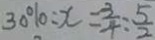
3 0 \% : x = \frac { 3 } { 4 } : \frac { 5 } { 2 }